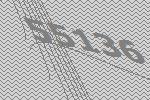
55136